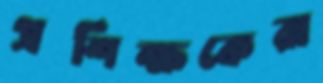
প্রশিক্ষকেরা